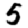
Digit: 5